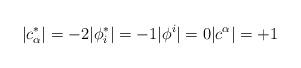
LaTeX: \begin{align*} |c^*_{\alpha}|=-2 |\phi^*_i|=-1 |\phi^i|=0 |c^{\alpha}|=+1\end{align*}